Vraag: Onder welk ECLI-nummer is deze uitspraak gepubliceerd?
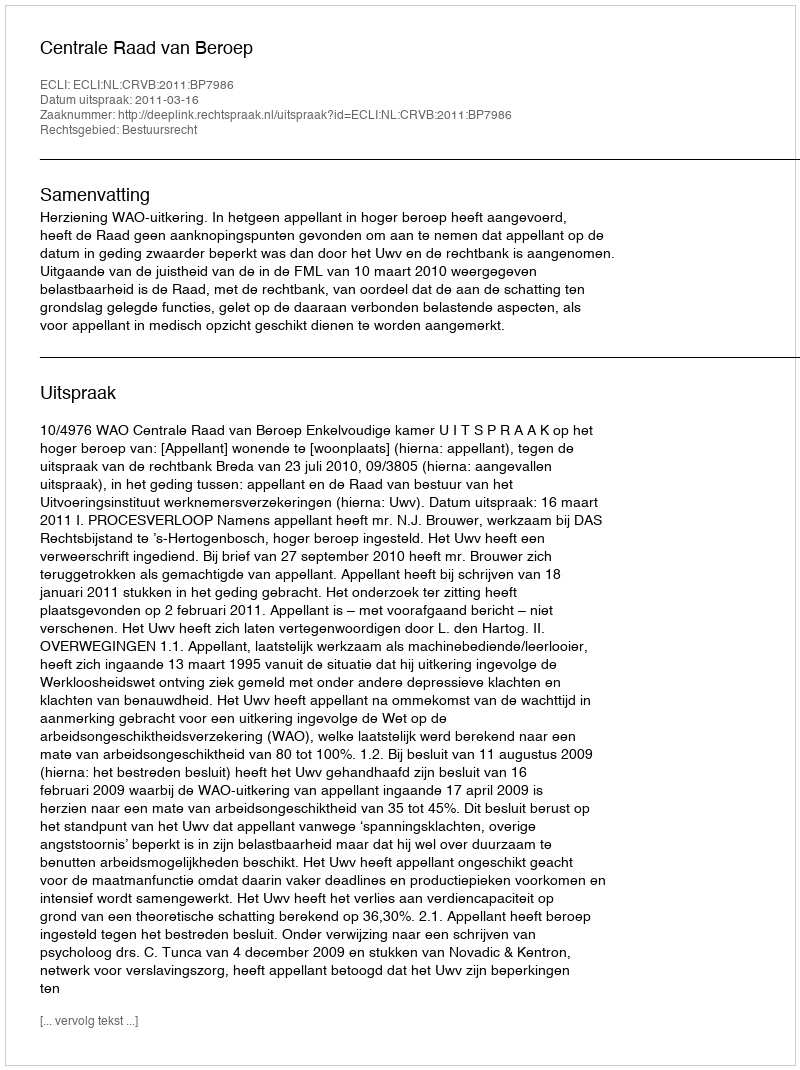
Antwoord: ECLI:NL:CRVB:2011:BP7986